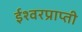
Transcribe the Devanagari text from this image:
ईश्वरप्राप्‍ती